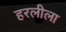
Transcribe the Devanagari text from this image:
हरलीला